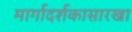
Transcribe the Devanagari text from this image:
मार्गादर्शकासारखा